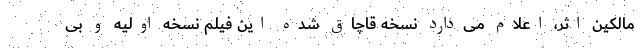
مالکین اثر، اعلام می‌دارد نسخه قاچاق شده این فیلم نسخه اولیه و بی